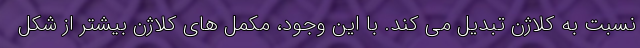
نسبت به کلاژن تبدیل می کند. با این وجود، مکمل های کلاژن بیشتر از شکل